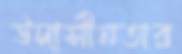
উদাসীনতার